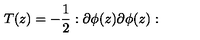
T ( z ) = - \frac { 1 } { 2 } : \partial \phi ( z ) \partial \phi ( z ) :